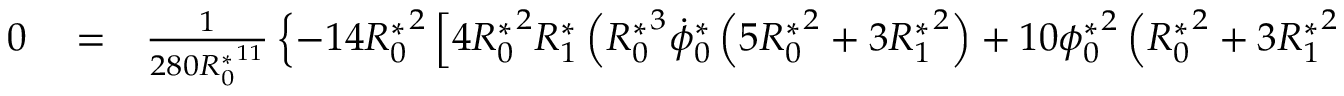
\begin{array} { r l r } { 0 } & { { } = } & { \frac { 1 } { 2 8 0 { R _ { 0 } ^ { * } } ^ { 1 1 } } \left\{ - 1 4 { R _ { 0 } ^ { * } } ^ { 2 } \left[ 4 { R _ { 0 } ^ { * } } ^ { 2 } { R _ { 1 } ^ { * } } \left( { R _ { 0 } ^ { * } } ^ { 3 } \dot { \phi } _ { 0 } ^ { * } \left( 5 { R _ { 0 } ^ { * } } ^ { 2 } + 3 { R _ { 1 } ^ { * } } ^ { 2 } \right) + 1 0 { \phi _ { 0 } ^ { * } } ^ { 2 } \left( { R _ { 0 } ^ { * } } ^ { 2 } + 3 { R _ { 1 } ^ { * } } ^ { 2 } \right) \right) \right. \right. } \end{array}